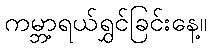
ကမ္ဘာ့ရယ်ရွှင်ခြင်းနေ့။